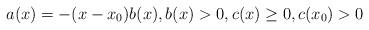
LaTeX: \begin{align*}a(x) = - (x-x_0) b(x), b(x) > 0, c(x) \geq 0, c(x_0) > 0\end{align*}